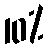
10%